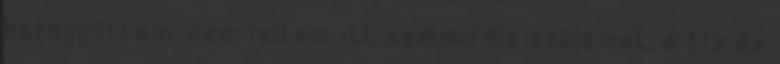
hazagyüttem, nem leltem itt semmiféle szülémet, a tíz év